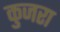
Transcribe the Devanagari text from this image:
कुजरा